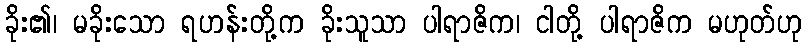
ခိုး၏၊ မခိုးသော ရဟန်းတို့က ခိုးသူသာ ပါရာဇိက၊ ငါတို့ ပါရာဇိက မဟုတ်ဟု